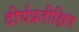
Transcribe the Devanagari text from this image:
दीर्घप्रतीक्षित